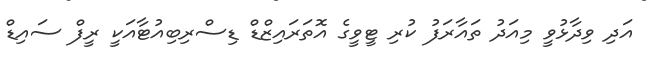
އަދި ވިދާޅުވީ މިއަދު ތައާރަފު ކުރި ޓީވީގެ އޮތަރައިޒްޑް ޑިސްރިބިއުޓާއަކީ ރީފް ސައިޑް